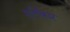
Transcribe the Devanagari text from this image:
मूर्त्तिकार